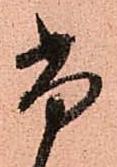
尚